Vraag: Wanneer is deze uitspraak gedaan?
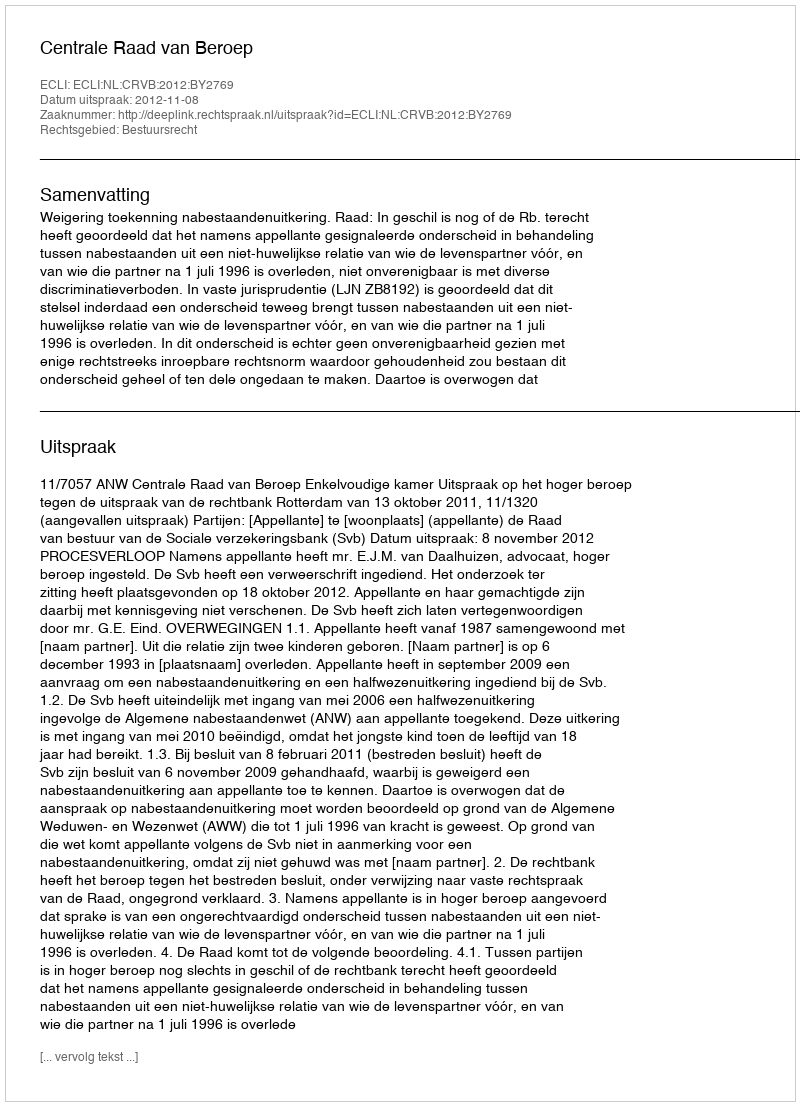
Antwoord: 2012-11-08